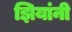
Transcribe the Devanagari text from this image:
झियांनी